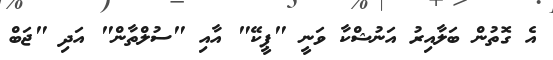
އެ ގޮތުން ބަލާއިރު އަނުޝްކާ ވަނީ "ޕީކޭ" އާއި "ސުލްތާން" އަދި "ޖަބް